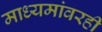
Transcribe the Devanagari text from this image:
माध्यमांवरही